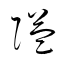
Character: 隘